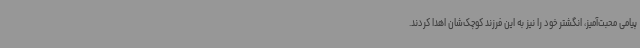
پیامی محبت‌آمیز، انگشتر خود را نیز به این فرزند کوچک‌شان اهدا کردند.